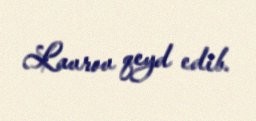
Lavrov qeyd edib.